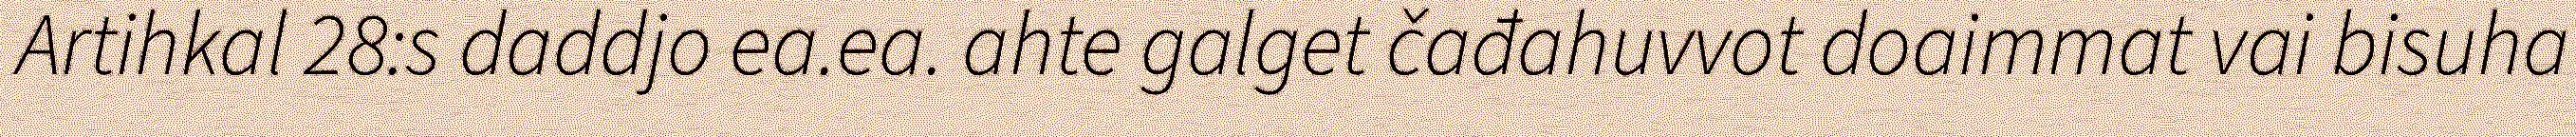
Artihkal 28:s daddjo ea.ea. ahte galget čađahuvvot doaimmat vai bisuha